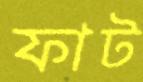
ফাট